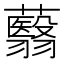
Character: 蘙